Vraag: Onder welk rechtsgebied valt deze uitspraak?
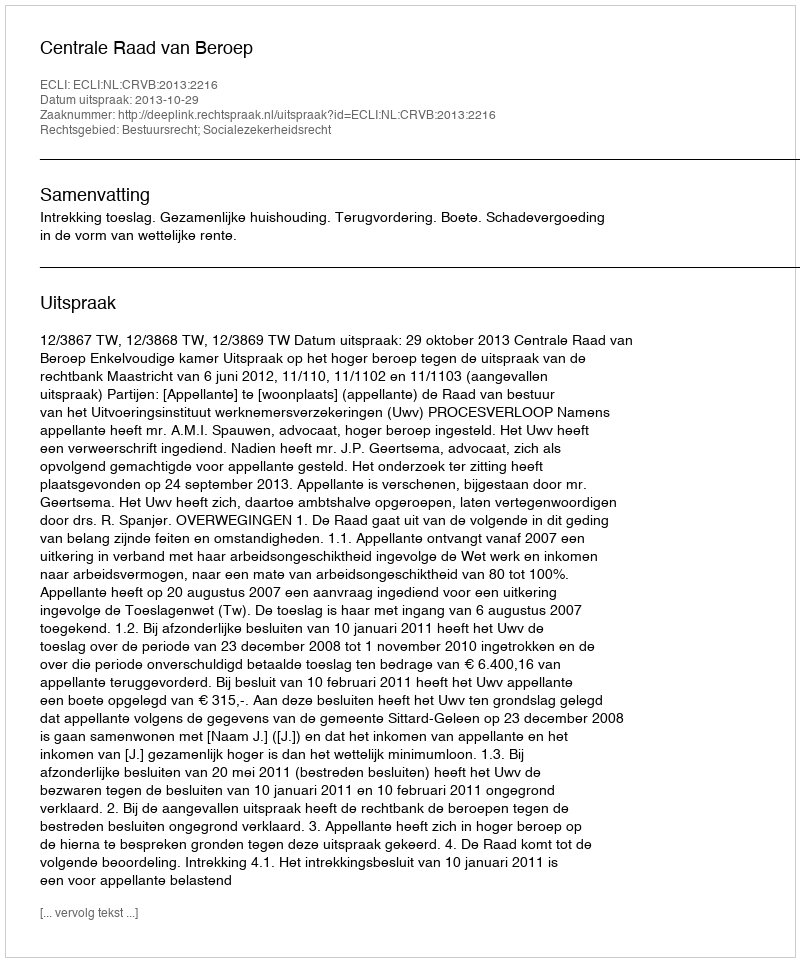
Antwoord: Bestuursrecht; Socialezekerheidsrecht